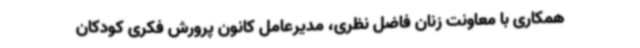
همکاری با معاونت زنان فاضل نظری، مدیرعامل کانون پرورش فکری کودکان